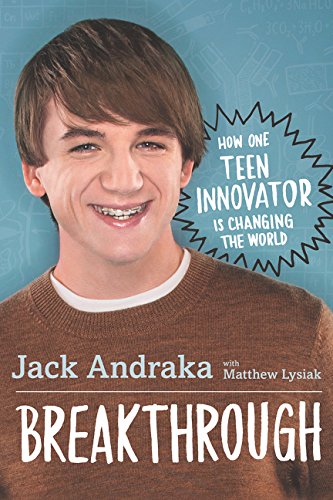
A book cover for Breakthrough: How One Teen Innovator Is Changing the World; Jack Andraka; Teen & Young Adult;